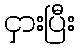
ငှားပြီး